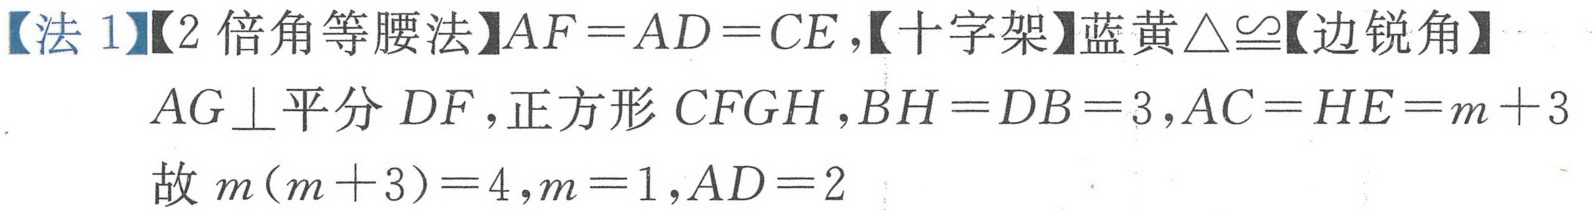
【法 1】【2 倍角等腰法】\(AF = AD = CE\)，【十字架】蓝黄\(\triangle\cong\)【边锐角】
\(AG\perp\)平分 \(DF\)，正方形 \(CFGH\)，\(BH = DB = 3\)，\(AC = HE = m + 3\)
故 \(m(m + 3)=4\)，\(m = 1\)，\(AD = 2\)